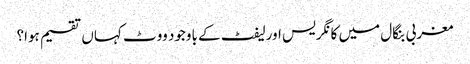
مغربی بنگال میں کانگریس اورلیفٹ کے باوجود ووٹ کہاں تقسیم ہوا؟